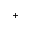
^ +